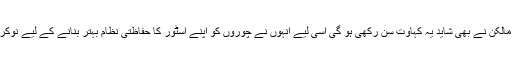
کپڑوں کے اسٹور کی مالکن نے بھی شاید یہ کہاوت سن رکھی ہو گی اسی لیے انہوں نے چوروں کو اپنے اسٹور کا حفاظتی نظام بہتر بنانے کے لیے نوکری کی پیشکش کر دی۔